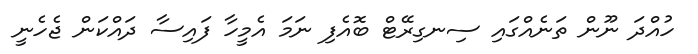
ހުއްދަ ނޫން ތަނެއްގައި ސިނގިރޭޓް ބޮއެފި ނަމަ އެމީހާ ފައިސާ ދައްކަން ޖެހެނީ